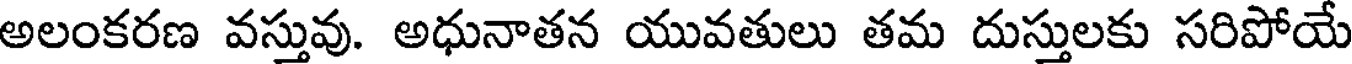
అలంకరణ వస్తువు. అధునాతన యువతులు తమ దుస్తులకు సరిపోయే